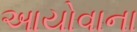
આયોવાના